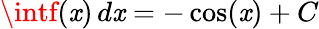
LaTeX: \intf(\mathit{x})\, d\mathit{x}=-\cos(\mathit{x})+C